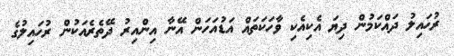
ރުހައިލު ދައްކަމުން ދިޔަ އެކިއެކި ވާހަކަތައް އަޑުއަހަން އޭނާ އިންއިރު ދޭތެރެއަކުން ރުހައިލުގެ